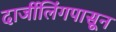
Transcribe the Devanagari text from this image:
दार्जीलिंगपासून